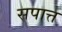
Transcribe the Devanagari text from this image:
सपात्त